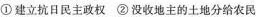
①建立抗日民主政权②没收地主的土地分给农民